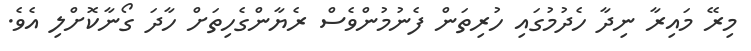
މިރޭ މައިރާ ނިދާ ހެދުމުގައި ހުރިތަން ފެނުމުންވެސް ރެޔާންގެހިތަށް ހާދަ ގޯނާކޮށްލި އެވެ.